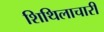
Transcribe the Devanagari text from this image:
शिथिलाचारी